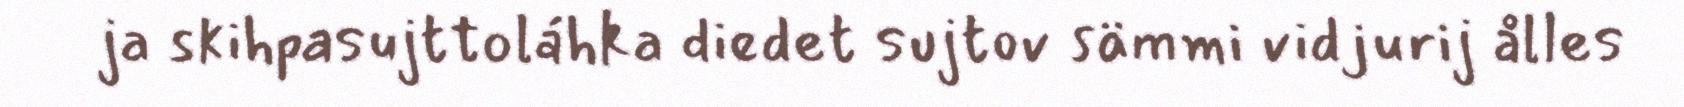
ja skihpasujttoláhka diedet sujtov sämmi vidjurij ålles